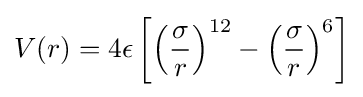
V(r)=4\epsilon \left[\left({\frac {\sigma }{r}}\right)^{12}-\left({\frac {\sigma }{r}}\right)^{6}\right]